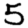
Digit: 5